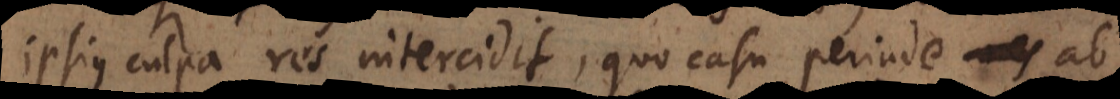
ipsius culpa res intercidit, quo casu perinde ab